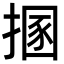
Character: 㨡